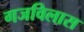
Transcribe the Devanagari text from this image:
गजविलास